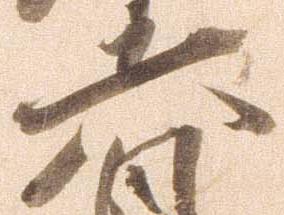
六